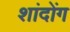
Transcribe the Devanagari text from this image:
शांदोंग